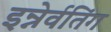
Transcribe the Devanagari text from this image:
इन्नेर्वतिंग